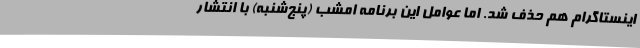
اینستاگرام هم حذف شد. اما عوامل این برنامه امشب (پنج‌شنبه) با انتشار